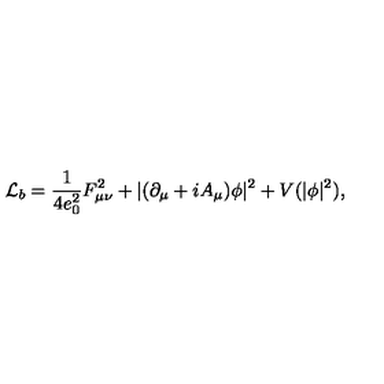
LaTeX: { \cal L } _ { b } = \frac { 1 } { 4 e _ { 0 } ^ { 2 } } F _ { \mu \nu } ^ { 2 } + | ( \partial _ { \mu } + i A _ { \mu } ) \phi | ^ { 2 } + V ( | \phi | ^ { 2 } ) ,